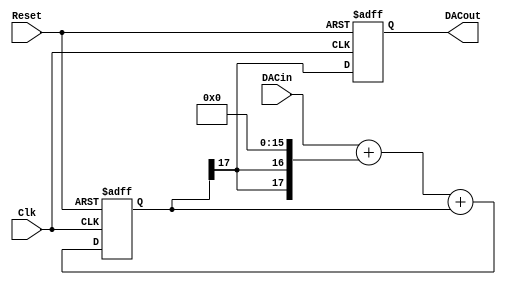
`define MSBI 15 // Most significant Bit of DAC input
//This is a Delta-Sigma Digital to Analog Converter

module audiodac(DACout, DACin, Clk, Reset);
        output DACout; // This is the average output that feeds low pass filter
        reg DACout; // for optimum performance, ensure that this ff is in IOB
        input [`MSBI:0] DACin; // DAC input (excess 2**MSBI)
        input Clk;
        input Reset;

        reg [`MSBI+2:0] DeltaAdder; // Output of Delta adder
        reg [`MSBI+2:0] SigmaAdder; // Output of Sigma adder
        reg [`MSBI+2:0] SigmaLatch; // Latches output of Sigma adder
        reg [`MSBI+2:0] DeltaB; // B input of Delta adder

        always @(SigmaLatch) DeltaB = {SigmaLatch[`MSBI+2], SigmaLatch[`MSBI+2]} << (`MSBI+1);
        always @(DACin or DeltaB) DeltaAdder = DACin + DeltaB;
        always @(DeltaAdder or SigmaLatch) SigmaAdder = DeltaAdder + SigmaLatch;
        always @(posedge Clk or posedge Reset) begin
                if(Reset) begin
                        SigmaLatch <= 1'b1 << (`MSBI+1);
                        DACout <= 1'b0;
                end else begin
                        SigmaLatch <= SigmaAdder;
                        DACout <= SigmaLatch[`MSBI+2];
                end
        end
endmodule